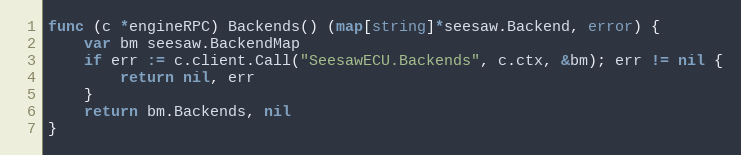
Language: Go
func (c *engineRPC) Backends() (map[string]*seesaw.Backend, error) {
	var bm seesaw.BackendMap
	if err := c.client.Call("SeesawECU.Backends", c.ctx, &bm); err != nil {
		return nil, err
	}
	return bm.Backends, nil
}